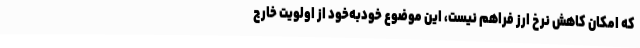
که امکان کاهش نرخ ارز فراهم نیست، این موضوع خودبه‌خود از اولویت خارج